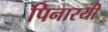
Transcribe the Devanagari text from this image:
पिनारयी